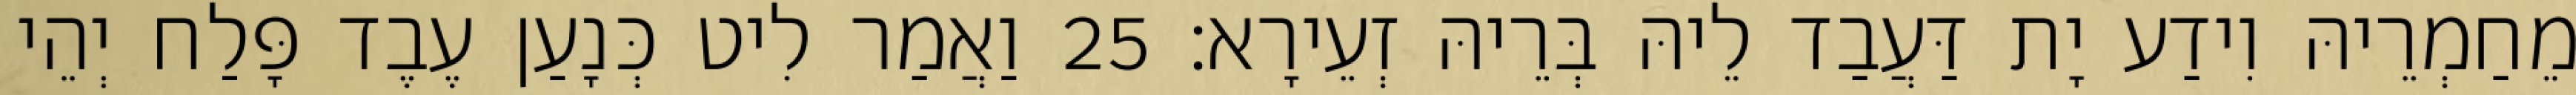
מֵחַמְרֵיהּ וִידַע יָת דַּעֲבַד לֵיהּ בְּרֵיהּ זְעֵירָא׃ 25 וַאֲמַר לִיט כְּנָעַן עֶבֶד פָּלַח יְהֵי